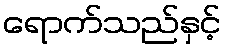
ရောက်သည်နှင့်